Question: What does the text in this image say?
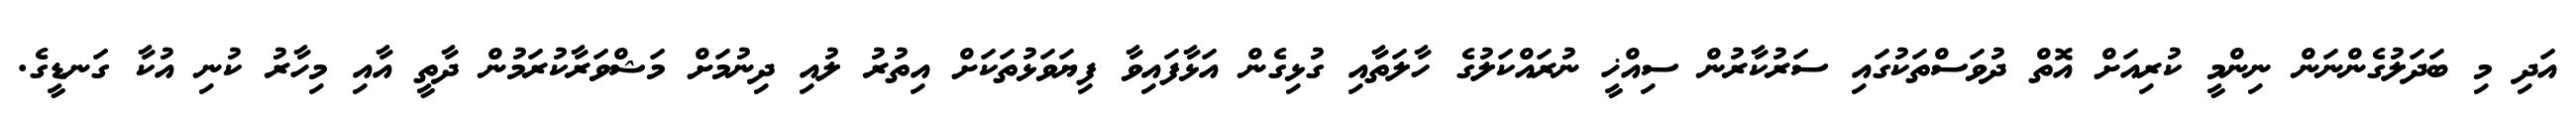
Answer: އަދި މި ބަދަލުގެންނަން ނިންމީ ކުރިއަށް އޮތް ދުވަސްތަކުގައި ސަރުކާރުން ސިއްޚީ ނުރައްކަލުގެ ހާލަތާއި ގުޅިގެން އަޅާފައިވާ ފިޔަވަޅުތަކަށް އިތުރު ލުއި ދިނުމަށް މަޝްވަރާކުރަމުން ދާތީ އާއި މިހާރު ކުނި އުކާ ގަނޑީގެ.